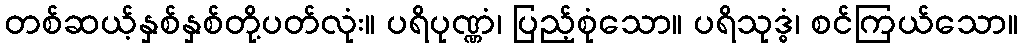
တစ်ဆယ့်နှစ်နှစ်တို့ပတ်လုံး။ ပရိပုဏ္ဏံ၊ ပြည့်စုံသော။ ပရိသုဒ္ဓံ၊ စင်ကြယ်သော။